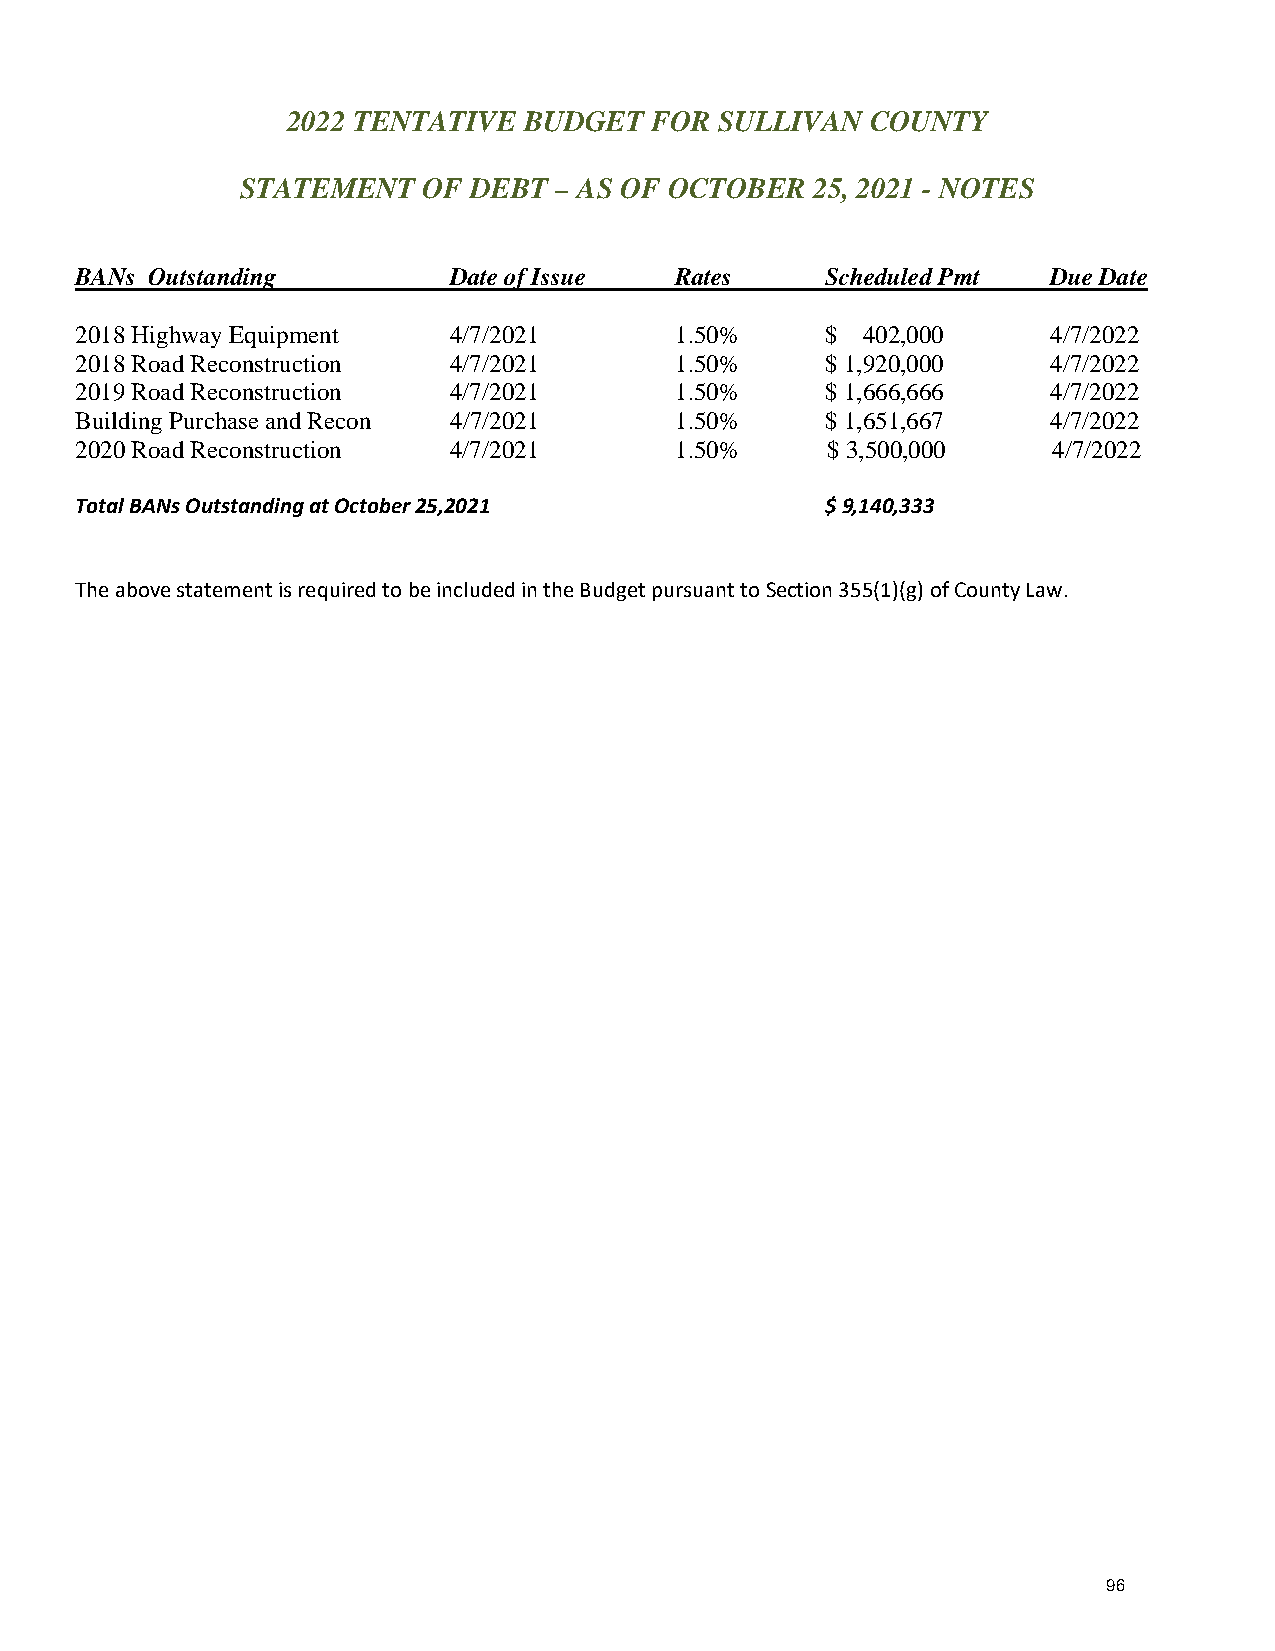
2022 TENTATIVE  BUDGET  FOR  SULLIVAN  COUNTY
 STATEMENT   OF DEBT  – AS OF OCTOBER  25, 2021 - NOTES
 BANs Outstanding         Date of Issue  Rates     Scheduled Pmt  Due Date
 2018 Highway Equipment   4/7/2021       1.50%     $ 402,000      4/7/2022
 2018 Road Reconstruction 4/7/2021       1.50%     $ 1,920,000    4/7/2022
 2019 Road Reconstruction 4/7/2021       1.50%     $ 1,666,666    4/7/2022
 Building Purchase and Recon 4/7/2021    1.50%     $ 1,651,667    4/7/2022
 2020 Road Reconstruction 4/7/2021       1.50%     $ 3,500,000    4/7/2022
 Total BANs Outstanding at October 25,2021         $ 9,140,333
 The above statement is required to be included in the Budget pursuant to Section 355(1)(g) of County Law.
 96